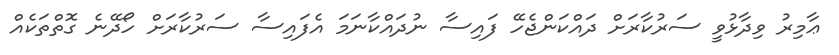
ޢާމިރު ވިދާޅުވީ ސަރުކާރަށް ދައްކަންޖެހޭ ފައިސާ ނުދައްކާނަމަ އެފައިސާ ސަރުކާރަށް ހޯދޭނެ ގޮތްތަކެއް